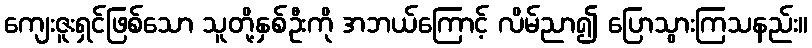
ကျေးဇူးရှင်ဖြစ်သော သူတို့နှစ်ဦးကို အဘယ်ကြောင့် လိမ်ညာ၍ ပြောသွားကြသနည်း။